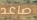
صاعد